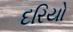
દરિયો